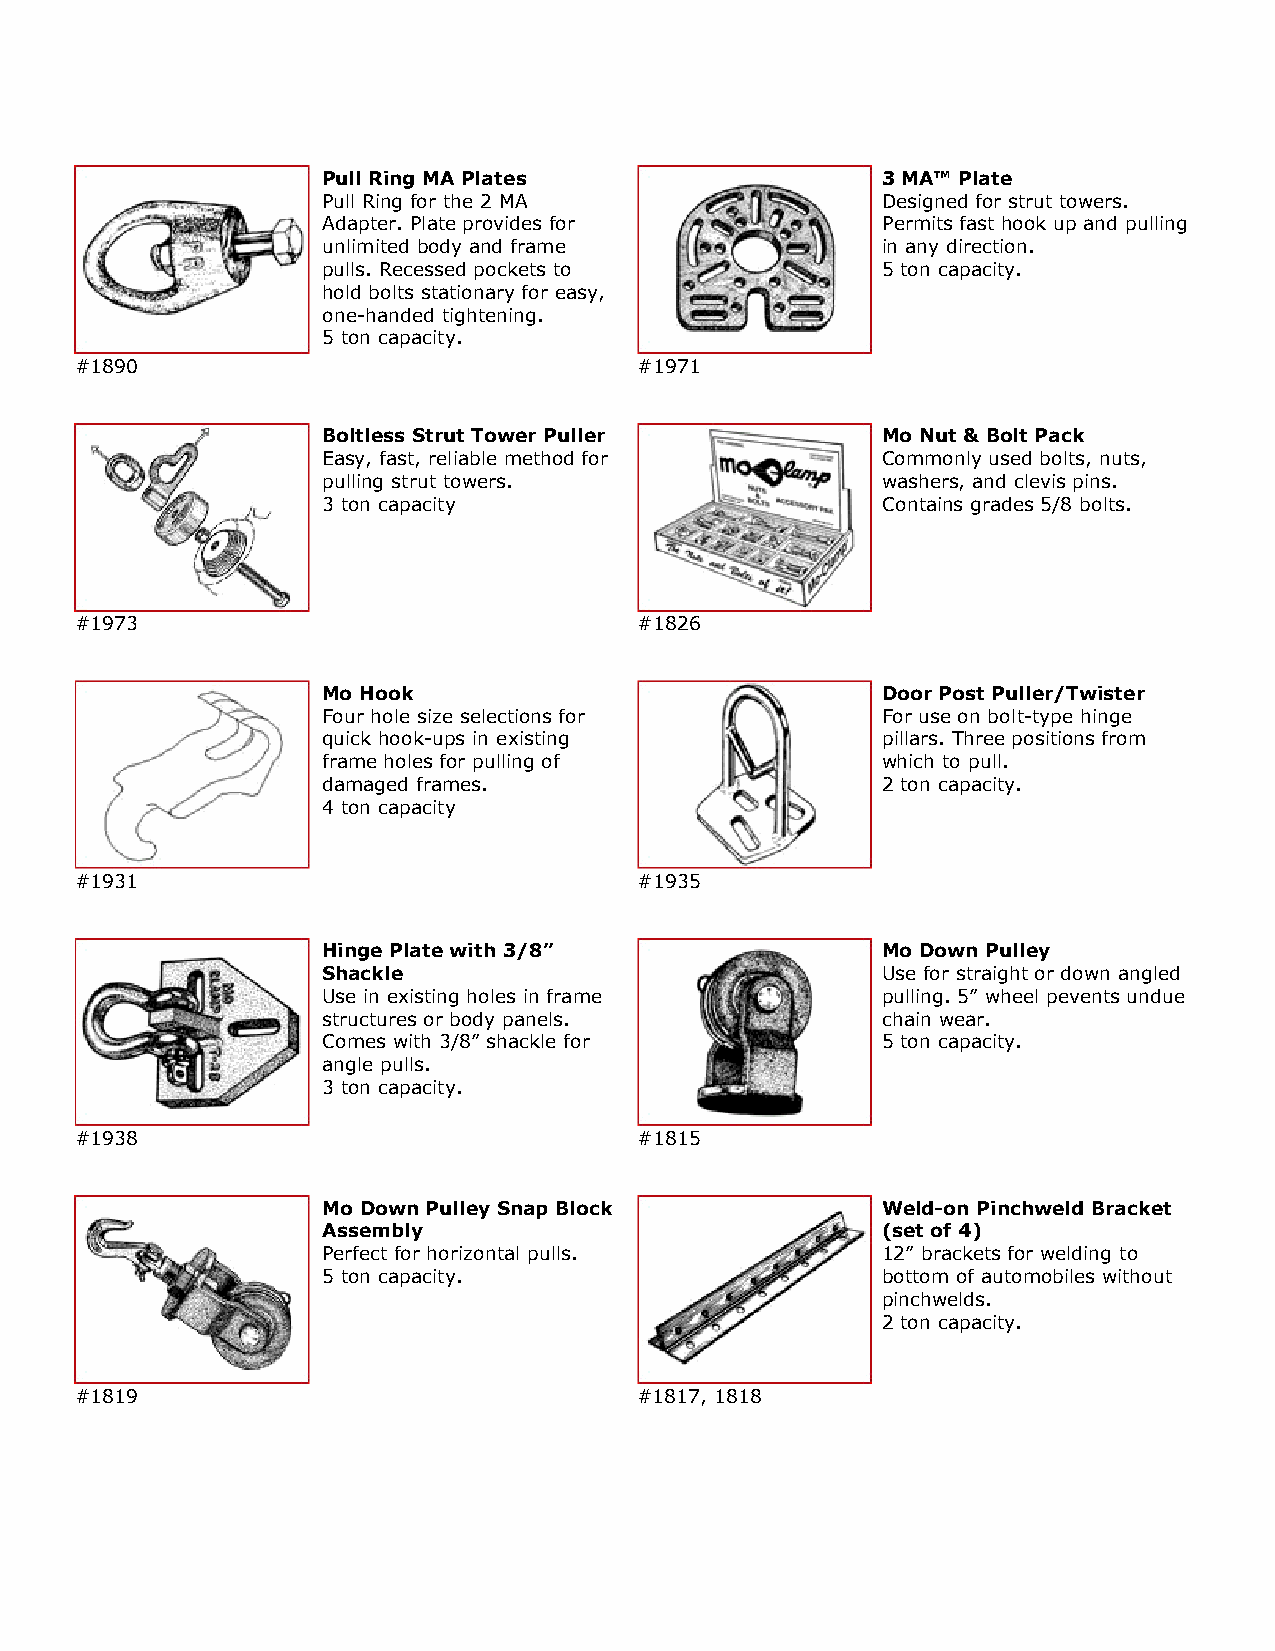
Pull Ring MA Plates                  3 MA™ Plate
 Pull Ring for the 2 MA               Designed for strut towers.
 Adapter. Plate provides for          Permits fast hook up and pulling
 unlimited body and frame             in any direction.
 pulls. Recessed pockets to           5 ton capacity.
 hold bolts stationary for easy,
 one-handed tightening.
 5 ton capacity.
 #1890                                #1971
 Boltless Strut Tower Puller          Mo Nut & Bolt Pack
 Easy, fast, reliable method for      Commonly used bolts, nuts,
 pulling strut towers.                washers, and clevis pins.
 3 ton capacity                       Contains grades 5/8 bolts.
 #1973                                #1826
 Mo Hook                              Door Post Puller/Twister
 Four hole size selections for        For use on bolt-type hinge
 quick hook-ups in existing           pillars. Three positions from
 frame holes for pulling of           which to pull.
 damaged frames.                      2 ton capacity.
 4 ton capacity
 #1931                                #1935
 Hinge Plate with 3/8”                Mo Down Pulley
 Shackle                              Use for straight or down angled
 Use in existing holes in frame       pulling. 5” wheel pevents undue
 structures or body panels.           chain wear.
 Comes with 3/8” shackle for          5 ton capacity.
 angle pulls.
 3 ton capacity.
 #1938                                #1815
 Mo Down Pulley Snap Block            Weld-on Pinchweld Bracket
 Assembly                             (set of 4)
 Perfect for horizontal pulls.        12” brackets for welding to
 5 ton capacity.                      bottom of automobiles without
 pinchwelds.
 2 ton capacity.
 #1819                                #1817, 1818